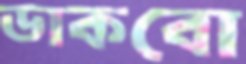
ডাকবো